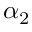
\alpha _ { 2 }